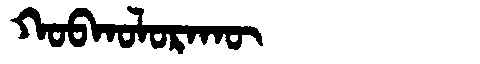
Manchu: ᡴᠣᠪᡴᠣᠯᠣᡵᠠᡴᡡ
Romanization: KOBKOLORAKŪ